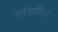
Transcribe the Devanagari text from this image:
सांकेतित